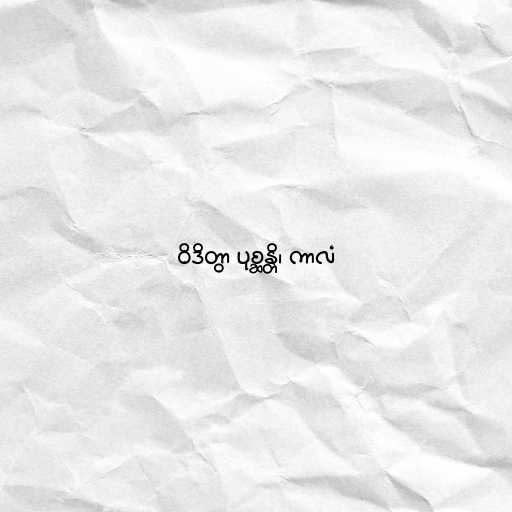
ဝိဒိတွာ ပုစ္ဆန္တိ၊ ကာလံ